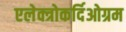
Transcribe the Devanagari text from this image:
एलेक्त्रोकर्दिओग्रम